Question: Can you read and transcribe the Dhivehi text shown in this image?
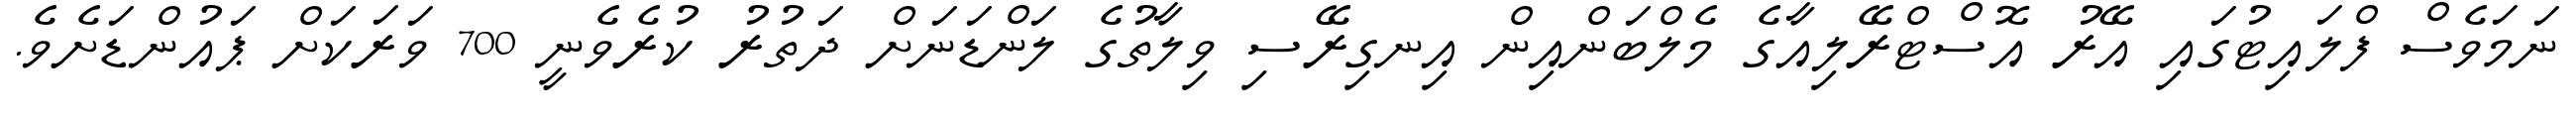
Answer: ނަމަވެސް ފްލައިޓުގައި އޭރު އޮސްޓްރޭލިއާގެ މެލްބަންއިން އިނގިރޭސި ވިލާތުގެ ލަންޑަނަށް ދަތުރު ކުރެވެނީ 700 ވަރަކަށް ޕައުންޑަށެވެ.